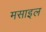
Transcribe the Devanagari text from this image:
मसाइल